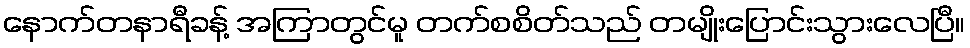
နောက်တနာရီခန့် အကြာတွင်မူ တက်စစိတ်သည် တမျိုးပြောင်းသွားလေပြီ။